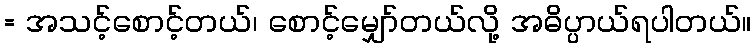
= အသင့်စောင့်တယ်၊ စောင့်မျှော်တယ်လို့ အဓိပ္ပာယ်ရပါတယ်။